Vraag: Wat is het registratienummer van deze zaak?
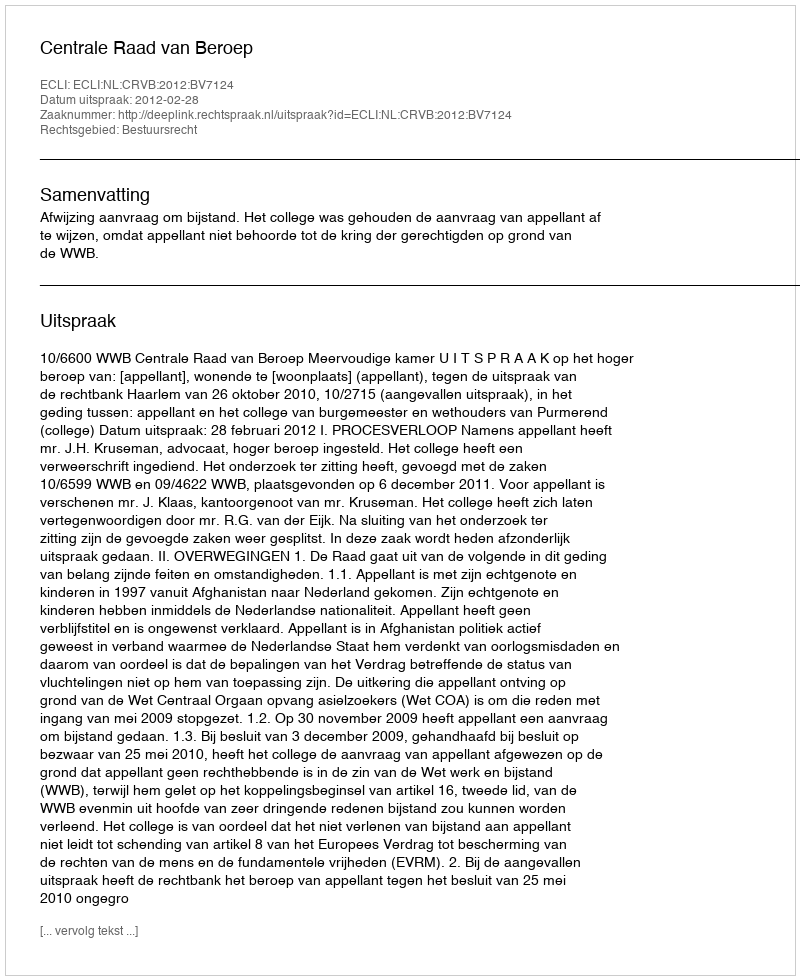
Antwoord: http://deeplink.rechtspraak.nl/uitspraak?id=ECLI:NL:CRVB:2012:BV7124